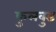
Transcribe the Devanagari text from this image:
फुलवुड